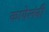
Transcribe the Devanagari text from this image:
कायेलंबी